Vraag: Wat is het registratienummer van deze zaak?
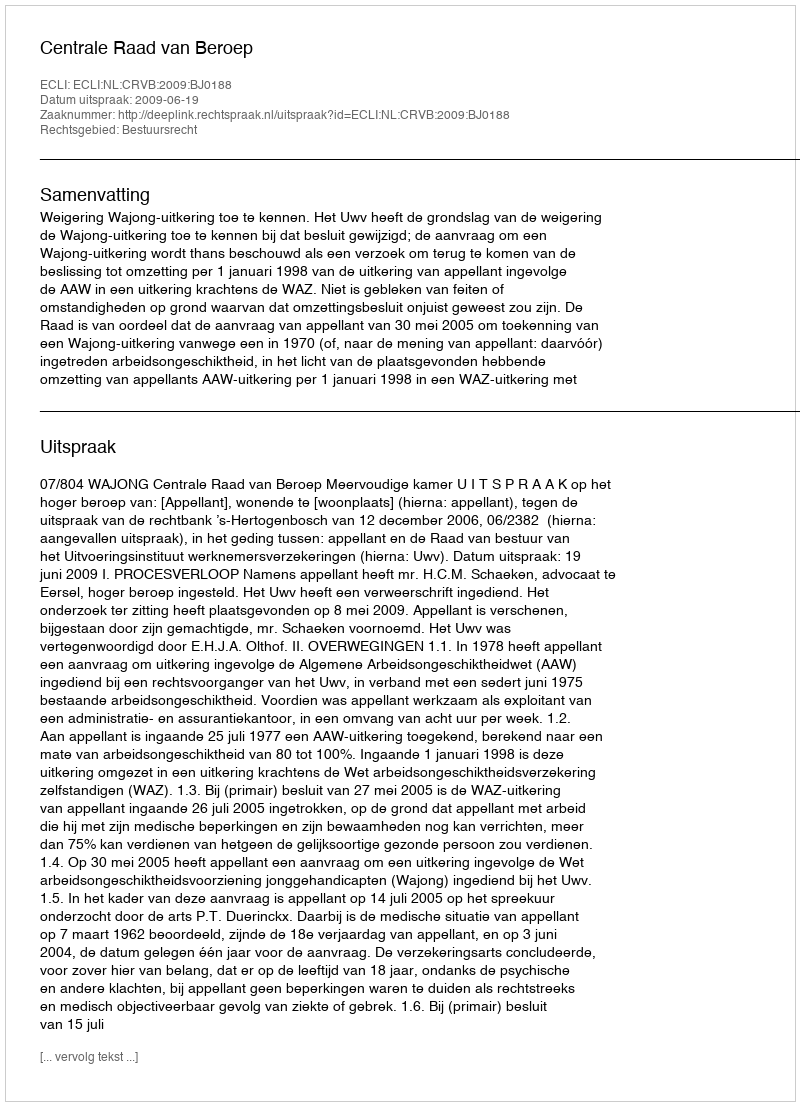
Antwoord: http://deeplink.rechtspraak.nl/uitspraak?id=ECLI:NL:CRVB:2009:BJ0188